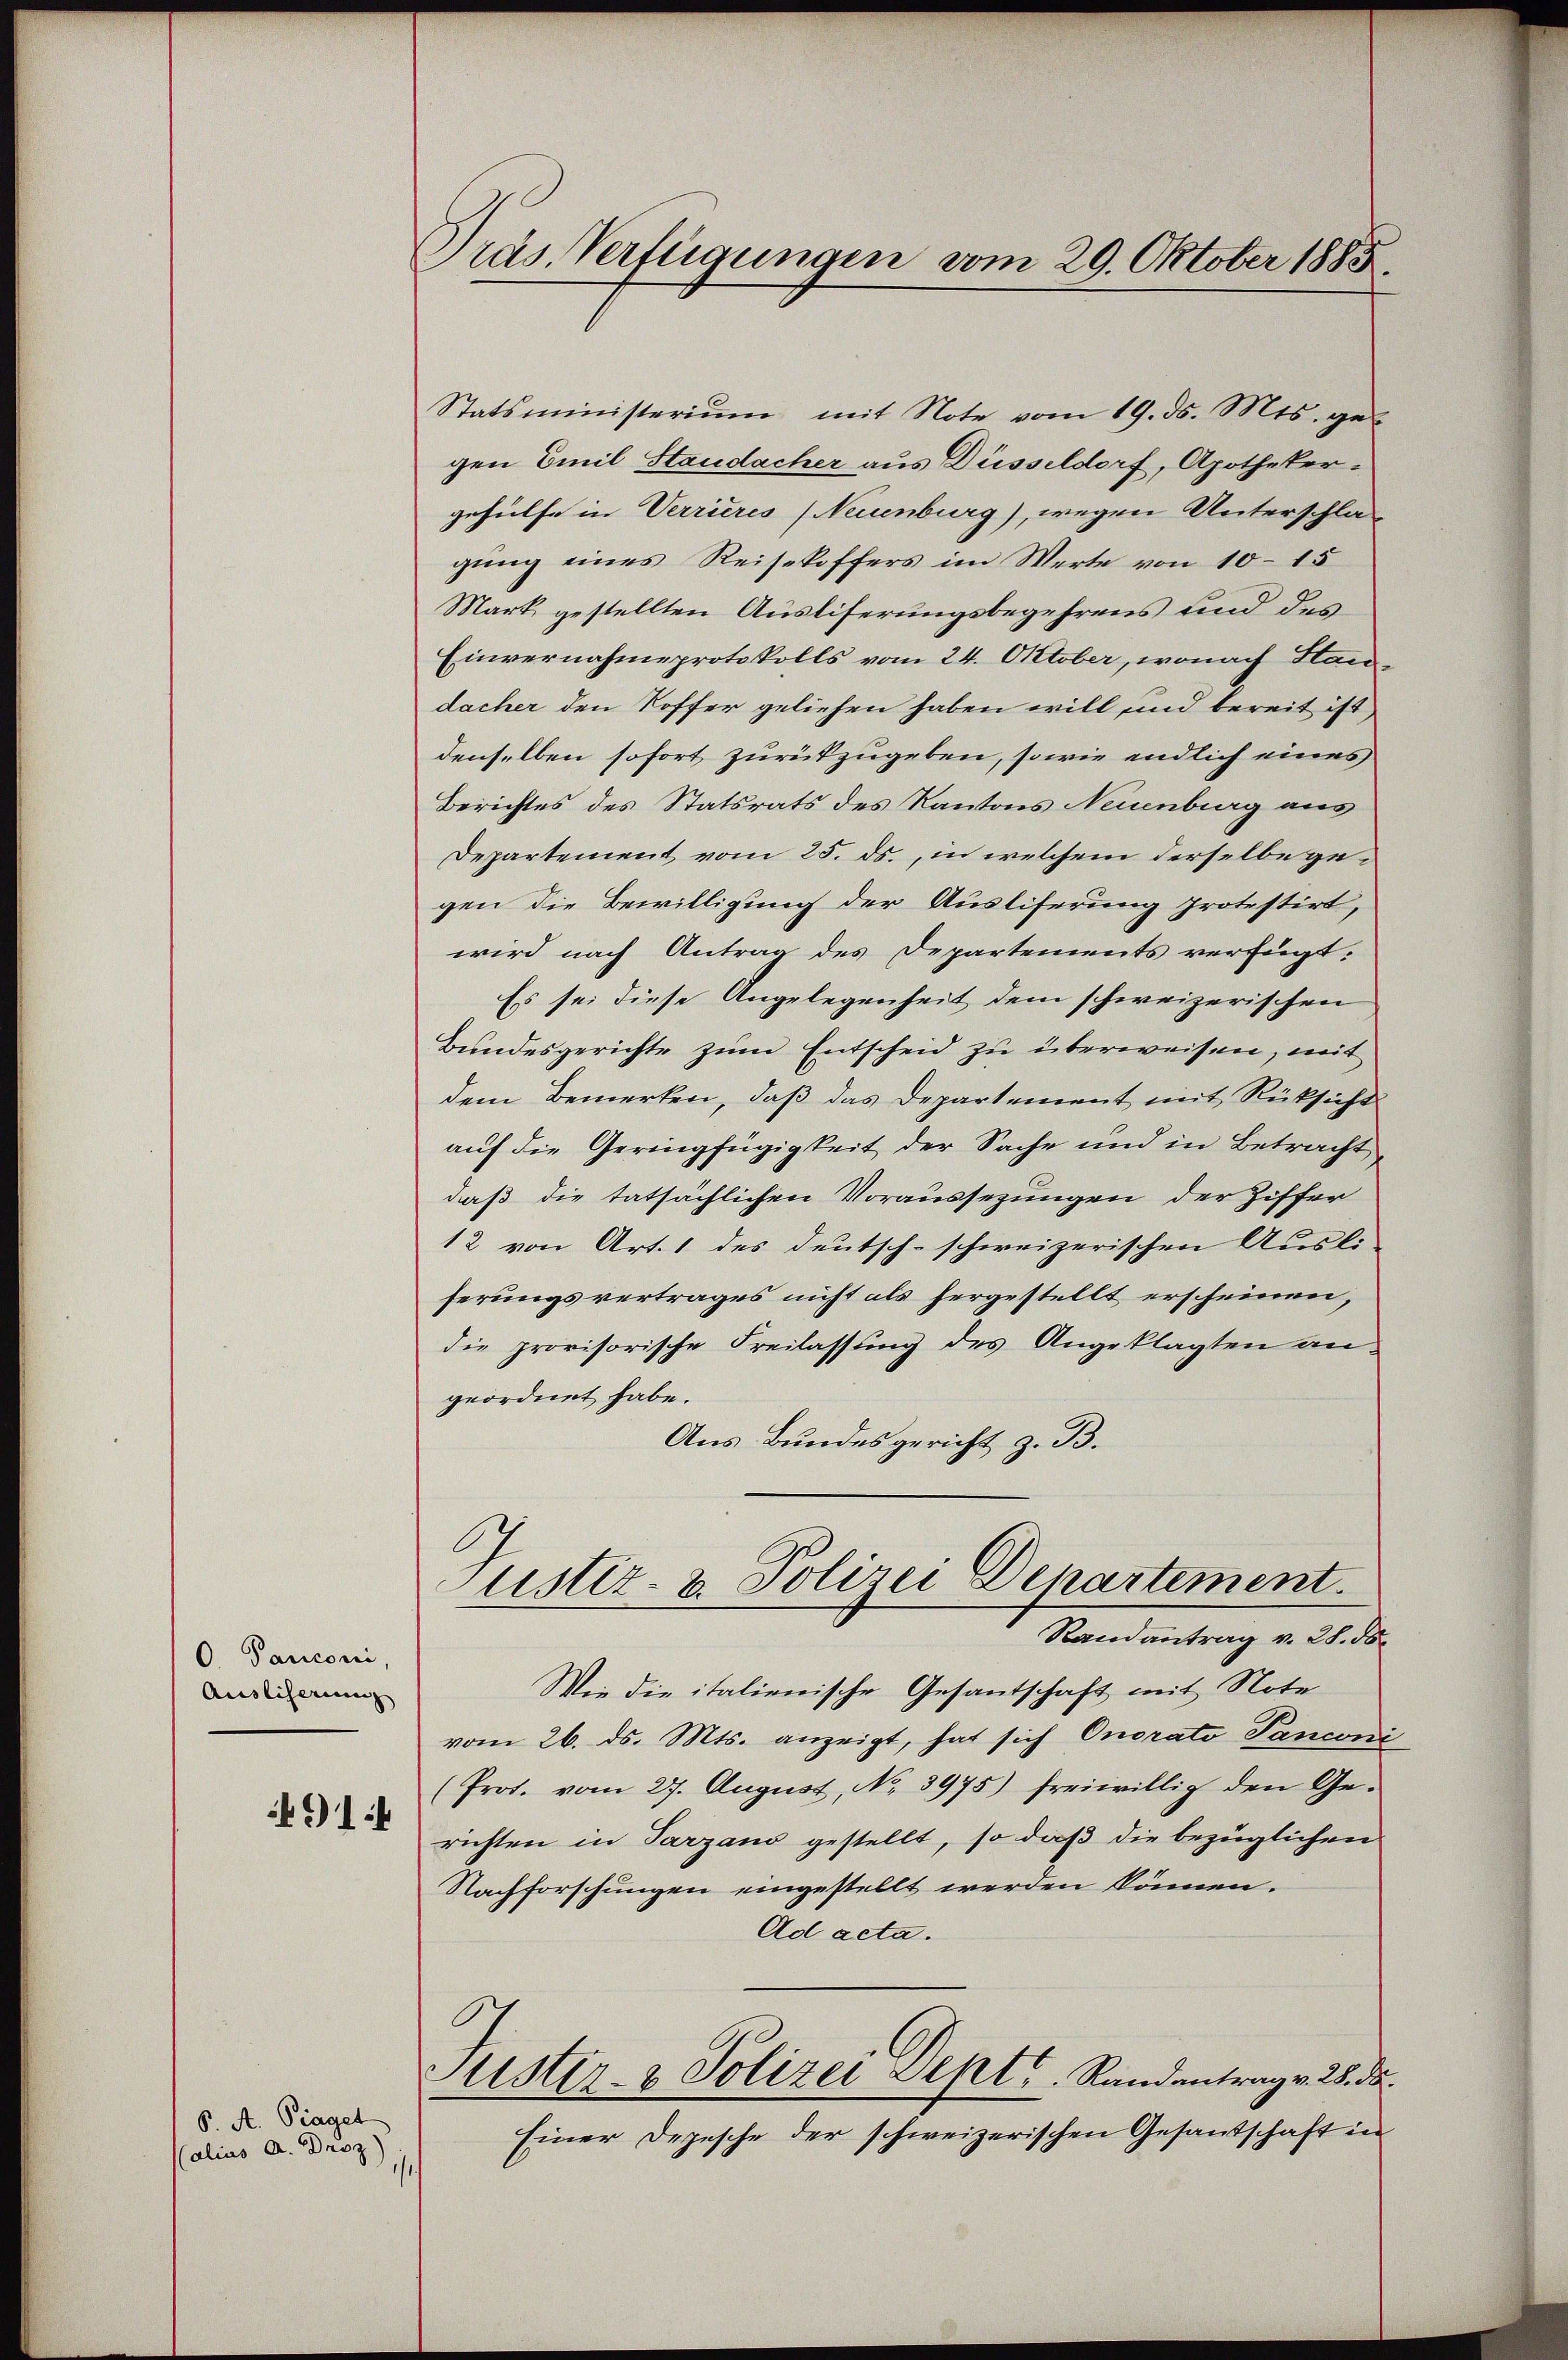
O. Panconi,
Auslicherung
914

P. A. Piaget
Calias A. Brie) 11

Präs. Verfügungen vom 29. Oktober 1885.

Statsministeriŭm mit Note vom 19. ds. Mts. ges
gen Emil Staudacher aus Düsseldorf, Apothekergehülfe in Verrieres (Neuenburg), wegen Unterschlagung eines Reisekoffers im Werte von 10–15
Mark gestellten Ausliserungsbegehrens und des
Einvernahmeprotokolls vom 24. Oktober, wonach Handacher den Koffer geliehen haben will und bereit ist,
denselben sofort zurükzugeben, sowie endlich eines
Berichtes des Statsrats des Kantons Neuenburg aus
Departement vom 25. ds., in welchem derselbe gegen die Bewilligung der Ausliferung protestirt,
wird nach Antrag des Departements verfügt:
Es sei diese Angelegenheit dem schweizerischen
Bundesgerichte zum Entscheid zu überweisen, mit
dem Bemerken, daß das Departement mit Rüksicht
auf die Geringfügigkeit der Sache und in Betracht
daß die tatsächlichen Voraussezungen der Ziffer
12 von Art. 1 des deutsch-schweizerischen Ausli
ferungsvertrages nicht als hergestellt erscheinen,
die provisorische Freilassung des Angeklagten an-
geordnet habe.
Aus Bundesgericht z. B.
Justiz- & Polizei Departement.
Randantrag v. 28. 58.
Wie die italienische Gesantschaft mit Note
vom 26. ds. Mts. anzeigt, hat sich Onorato Panconi
(Prot. vom 27. August, No. 3975) freiwillig den Gerichten in Tarzano gestellt, so daß die bezüglichen
Nachforschungen eingestellt werden können.
Ad acta.
Puster- & Polizei Sept. Randantrag v. 28. ds.
Einer Depesche der schweizerischen Gesandschaft in